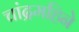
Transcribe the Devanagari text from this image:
चांद्रमहिने